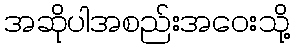
အဆိုပါအစည်းအဝေးသို့